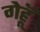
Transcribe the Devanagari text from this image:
गेहॅू